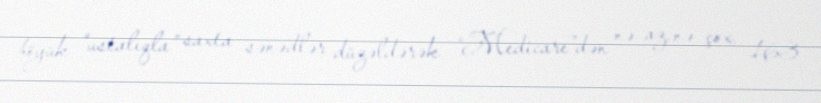
böyük “ustalıqla” saxta sənədlər düzəldərək “Medicare”dən nə az, nə çox, 163